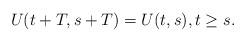
LaTeX: \begin{align*}U(t+T,s+T)=U(t,s),t\geq s.\end{align*}